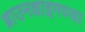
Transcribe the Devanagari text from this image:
ब्राउनश्वाइगच्या